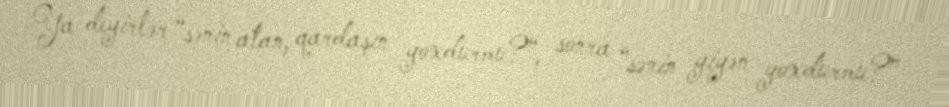
Ya deyirlər “sənin atan, qardaşın yoxdurmu?”, sonra “sənin yiyən yoxdurmu?”